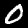
Label: 0